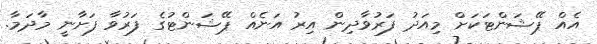
އެއް ޕޭޝަންޓަކަށް މިއަދު ފަރުވާދިން އިރު އަނެއް ޕޭޝަންޓުގެ ފަރުވާ ފަށާނީ މާދަމާ.